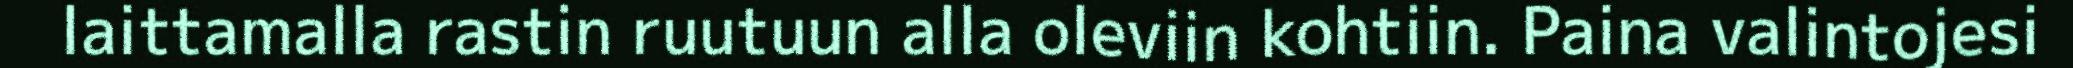
laittamalla rastin ruutuun alla oleviin kohtiin. Paina valintojesi